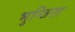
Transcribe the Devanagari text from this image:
भुन्जिता